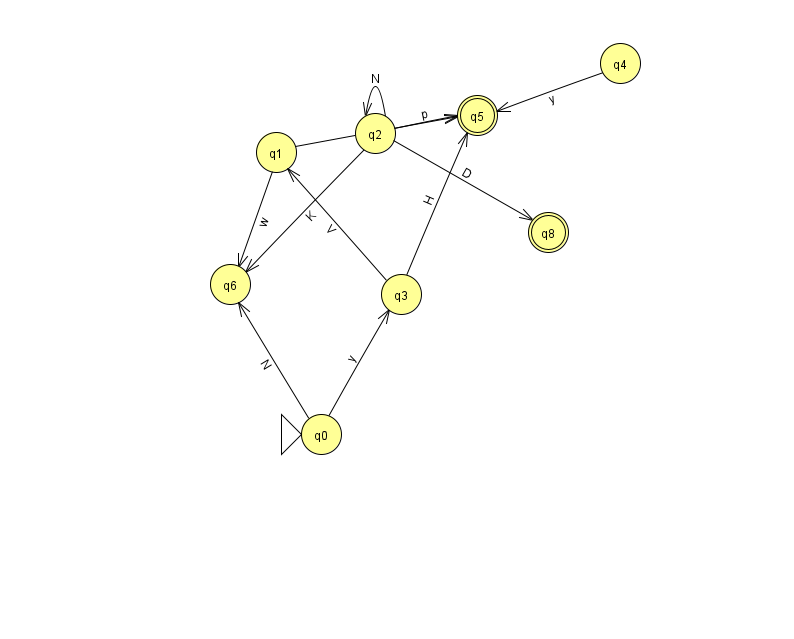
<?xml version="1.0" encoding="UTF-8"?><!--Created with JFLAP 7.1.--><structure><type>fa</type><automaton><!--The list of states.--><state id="0" name="q0"><x>321.0</x><y>421.0</y><initial/></state><state id="1" name="q1"><x>276.0</x><y>139.0</y></state><state id="2" name="q2"><x>375.0</x><y>120.0</y></state><state id="3" name="q3"><x>401.0</x><y>281.0</y></state><state id="4" name="q4"><x>620.0</x><y>50.0</y></state><state id="5" name="q5"><x>477.0</x><y>102.0</y><final/></state><state id="6" name="q6"><x>230.0</x><y>271.0</y></state><state id="8" name="q8"><x>548.0</x><y>219.0</y><final/></state><!--The list of transitions.--><transition><from>0</from><to>3</to><read>y</read></transition><transition><from>2</from><to>8</to><read>D</read></transition><transition><from>3</from><to>1</to><read>V</read></transition><transition><from>2</from><to>5</to><read>p</read></transition><transition><from>2</from><to>6</to><read>K</read></transition><transition><from>1</from><to>5</to><read>w</read></transition><transition><from>0</from><to>6</to><read>N</read></transition><transition><from>1</from><to>6</to><read>w</read></transition><transition><from>3</from><to>5</to><read>H</read></transition><transition><from>4</from><to>5</to><read>y</read></transition><transition><from>2</from><to>2</to><read>N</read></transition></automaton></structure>